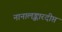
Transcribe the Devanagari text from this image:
नानालङ्कारदीप्तं